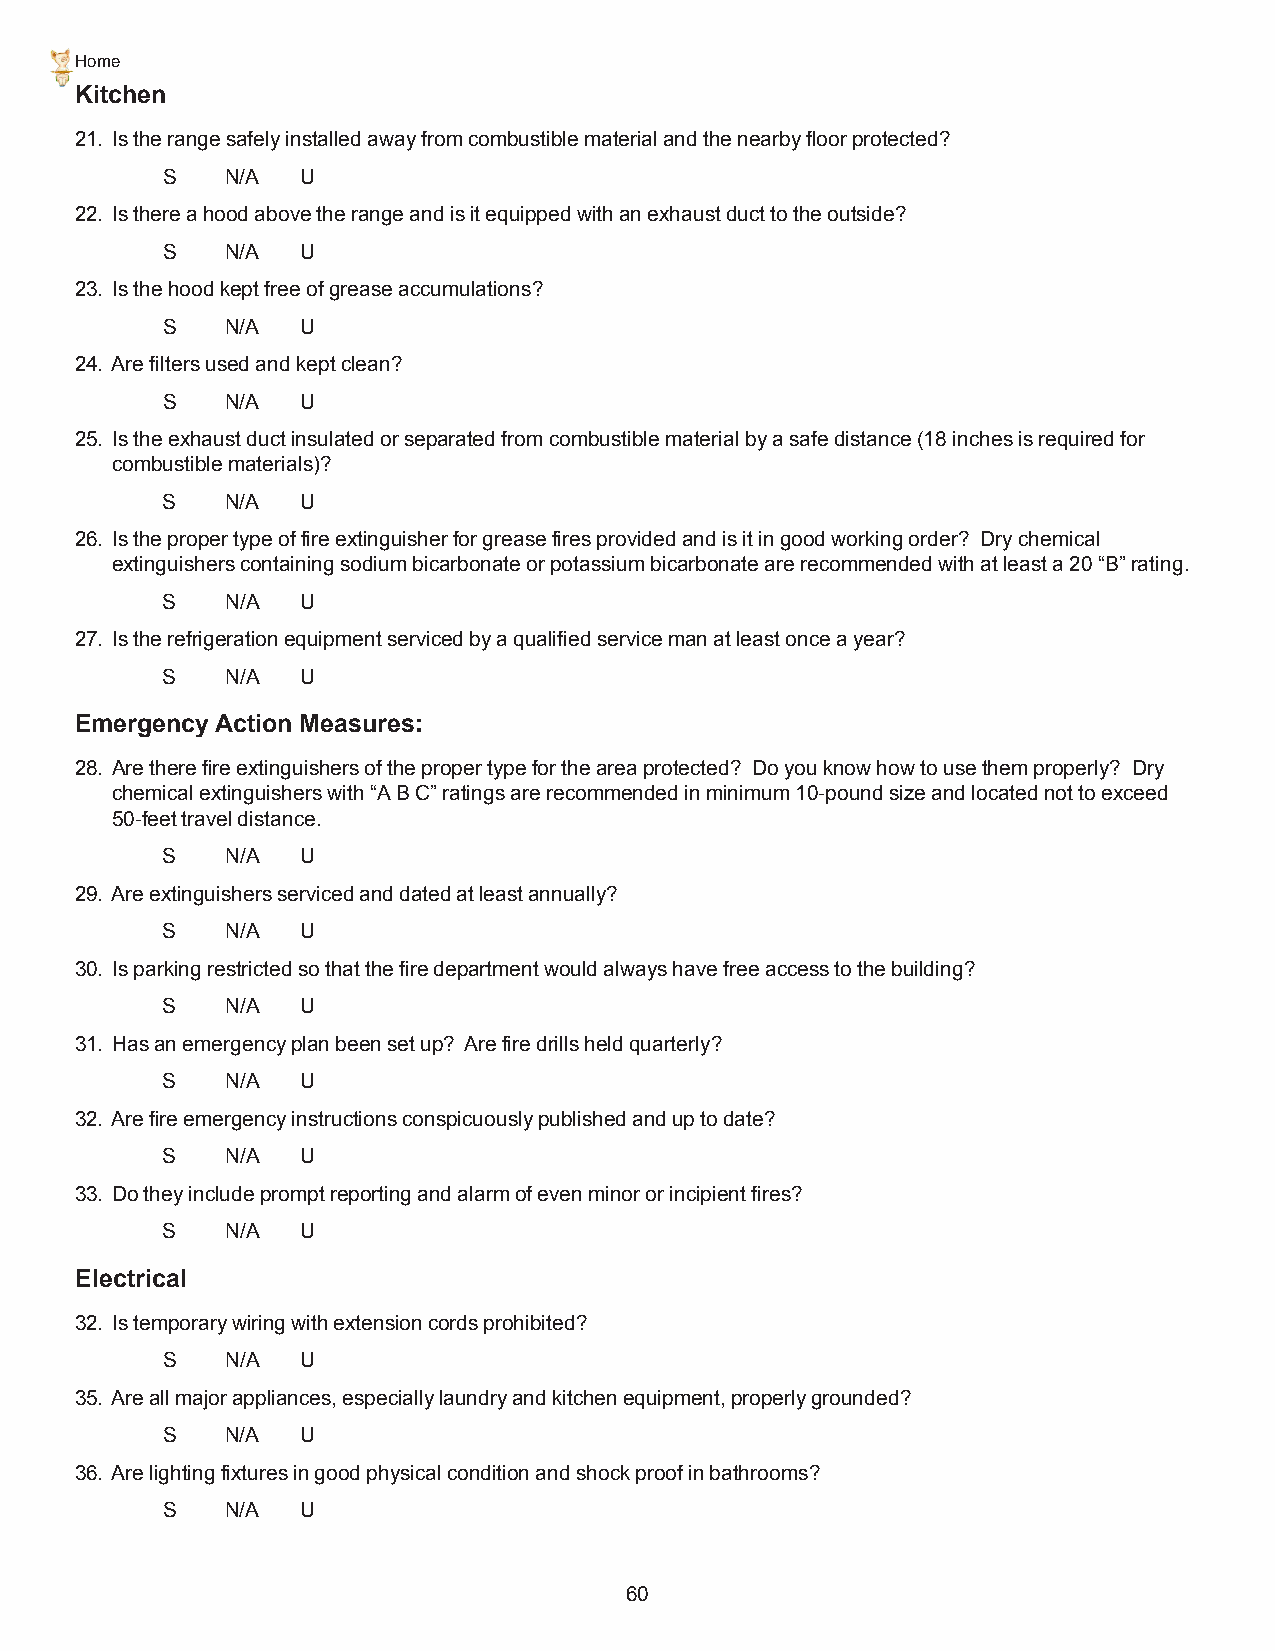
Home
 Kitchen
 21. Is the range safely installed away from combustible material and the nearby floor protected?
 S   N/A  U
 22. Is there a hood above the range and is it equipped with an exhaust duct to the outside?
 S   N/A  U
 23. Is the hood kept free of grease accumulations?
 S   N/A  U
 24. Are filters used and kept clean?
 S   N/A  U
 25. Is the exhaust duct insulated or separated from combustible material by a safe distance (18 inches is required for
 combustible materials)?
 S   N/A  U
 26. Is the proper type of fire extinguisher for grease fires provided and is it in good working order? Dry chemical
 extinguishers containing sodium bicarbonate or potassium bicarbonate are recommended with at least a 20 “B” rating.
 S   N/A  U
 27. Is the refrigeration equipment serviced by a qualified service man at least once a year?
 S   N/A  U
 Emergency Action Measures:
 28. Are there fire extinguishers of the proper type for the area protected? Do you know how to use them properly? Dry
 chemical extinguishers with “A B C” ratings are recommended in minimum 10-pound size and located not to exceed
 50-feet travel distance.
 S   N/A  U
 29. Are extinguishers serviced and dated at least annually?
 S   N/A  U
 30. Is parking restricted so that the fire department would always have free access to the building?
 S   N/A  U
 31. Has an emergency plan been set up? Are fire drills held quarterly?
 S   N/A  U
 32. Are fire emergency instructions conspicuously published and up to date?
 S   N/A  U
 33. Do they include prompt reporting and alarm of even minor or incipient fires?
 S   N/A  U
 Electrical
 32. Is temporary wiring with extension cords prohibited?
 S   N/A  U
 35. Are all major appliances, especially laundry and kitchen equipment, properly grounded?
 S   N/A  U
 36. Are lighting fixtures in good physical condition and shock proof in bathrooms?
 S   N/A  U
 60